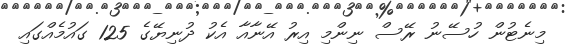
މިނެޓުން ހުސޭނު ރޭސް ނިންމި އިރު އޭނާއާ އެކު ދުނިޔޭގެ 125 ގައުމެއްގައި